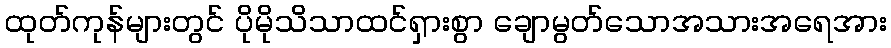
ထုတ်ကုန်များတွင် ပိုမိုသိသာထင်ရှားစွာ ချောမွတ်သောအသားအရေအား